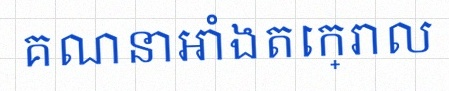
គណនាអាំងតេក្រាល